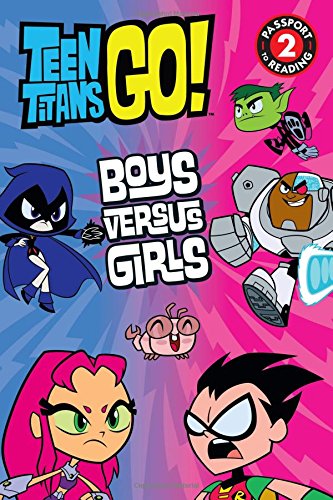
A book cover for Teen Titans Go!: Boys Versus Girls (Passport to Reading Level 2); Jennifer Fox; Children's Books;